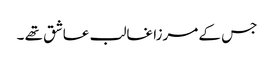
جس کے مرزا غالب عاشق تھے ۔